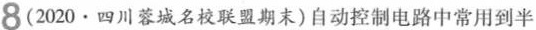
8(2020·四川蓉城名校联盟期末)自动控制电路中常用到半